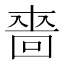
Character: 𠹫